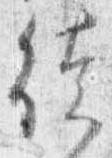
徒